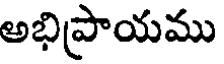
అభిప్రాయము